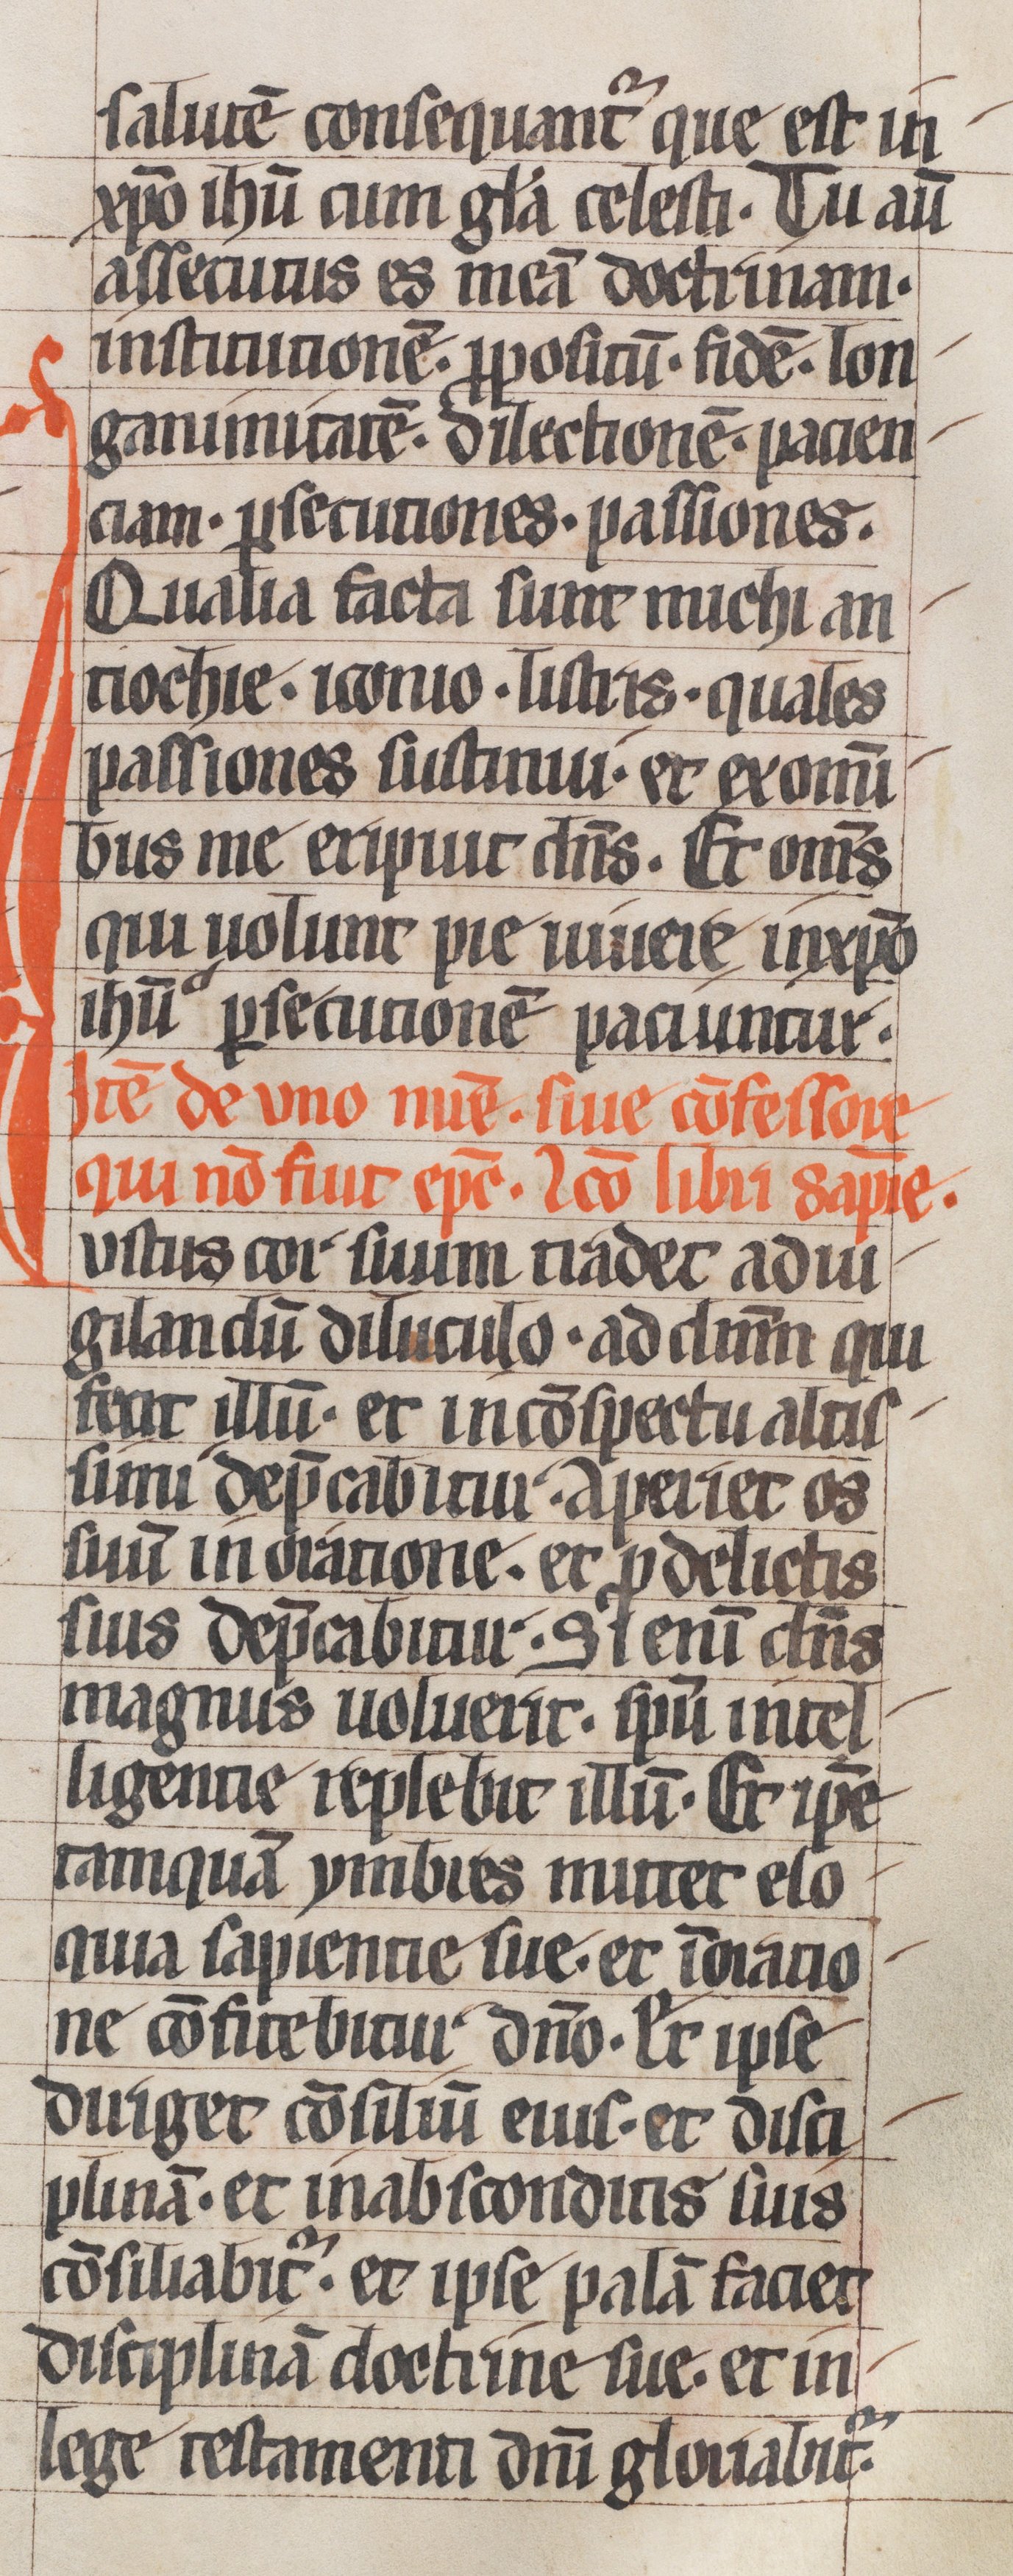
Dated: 1250–1299